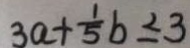
3 a + \frac { 1 } { 5 } b \leq 3